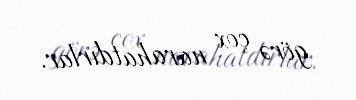
görə çox narahatdırlar.